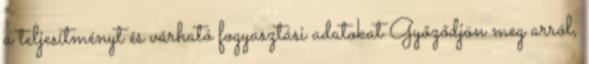
a teljesítményt és várható fogyasztási adatokat Győződjön meg arról,